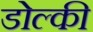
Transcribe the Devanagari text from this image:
डोल्की